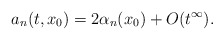
\begin{align*} a_n(t,x_0)=2\alpha_n(x_0)+O(t^{\infty}).\end{align*}